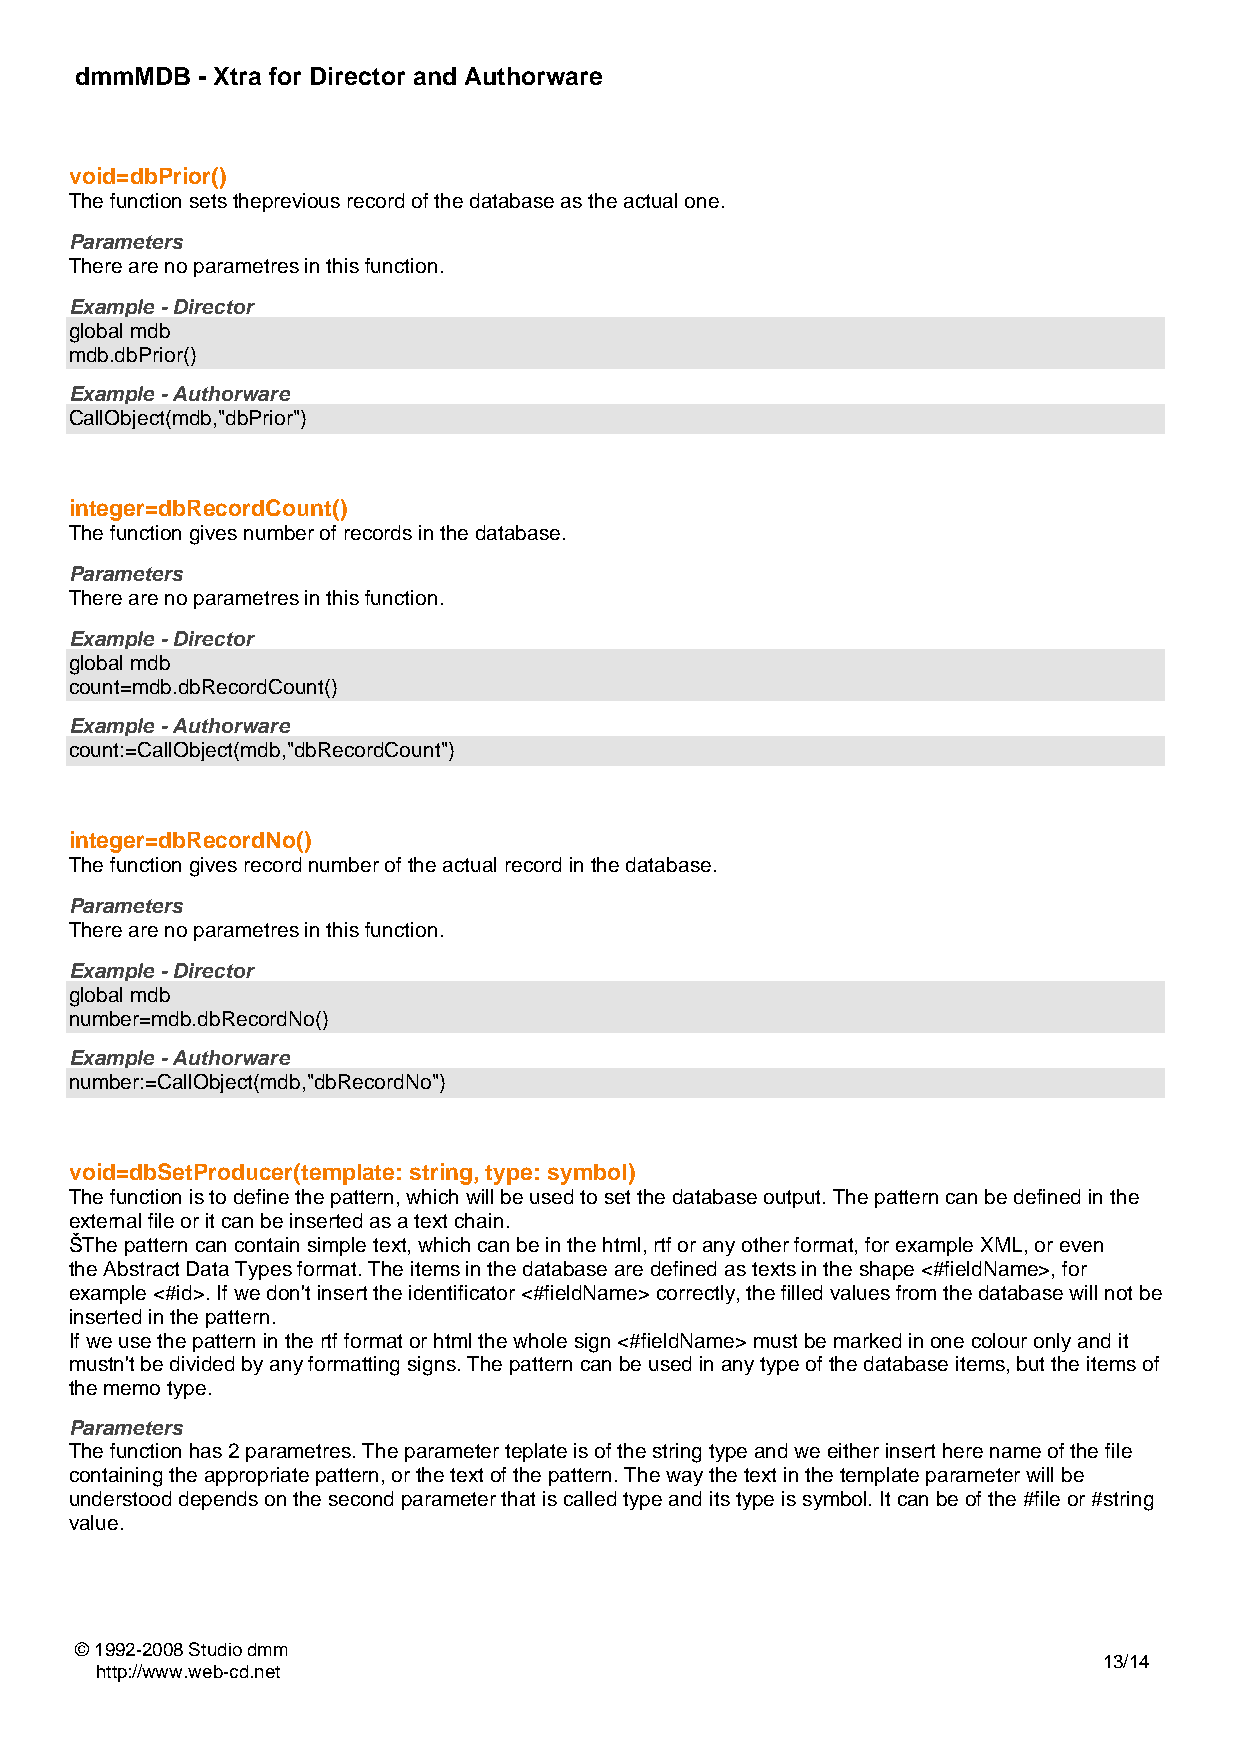
dmmMDB  - Xtra for Director and Authorware
 void=dbPrior()
 The function sets theprevious record of the database as the actual one.
 Parameters
 There are no parametres in this function.
 Example - Director
 global mdb
 mdb.dbPrior()
 Example - Authorware
 CallObject(mdb,"dbPrior")
 integer=dbRecordCount()
 The function gives number of records in the database.
 Parameters
 There are no parametres in this function.
 Example - Director
 global mdb
 count=mdb.dbRecordCount()
 Example - Authorware
 count:=CallObject(mdb,"dbRecordCount")
 integer=dbRecordNo()
 The function gives record number of the actual record in the database.
 Parameters
 There are no parametres in this function.
 Example - Director
 global mdb
 number=mdb.dbRecordNo()
 Example - Authorware
 number:=CallObject(mdb,"dbRecordNo")
 void=dbSetProducer(template: string, type: symbol)
 The function is to define the pattern, which will be used to set the database output. The pattern can be defined in the
 external file or it can be inserted as a text chain.
 ŠThe pattern can contain simple text, which can be in the html, rtf or any other format, for example XML, or even
 the Abstract Data Types format. The items in the database are defined as texts in the shape <#fieldName>, for
 example <#id>. If we don't insert the identificator <#fieldName> correctly, the filled values from the database will not be
 inserted in the pattern.
 If we use the pattern in the rtf format or html the whole sign <#fieldName> must be marked in one colour only and it
 mustn't be divided by any formatting signs. The pattern can be used in any type of the database items, but the items of
 the memo type.
 Parameters
 The function has 2 parametres. The parameter teplate is of the string type and we either insert here name of the file
 containing the appropriate pattern, or the text of the pattern. The way the text in the template parameter will be
 understood depends on the second parameter that is called type and its type is symbol. It can be of the #file or #string
 value.
 © 1992-2008 Studio dmm
 13/14
 http://www.web-cd.net